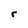
Character: r